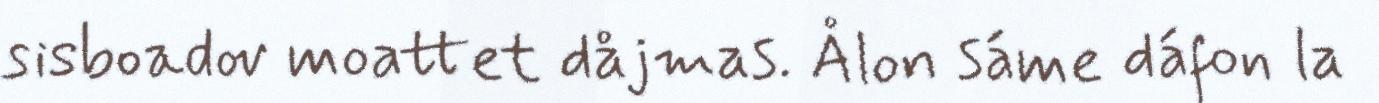
sisboadov moattet dåjmas. Ålon sáme dáfon la